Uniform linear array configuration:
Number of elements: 48
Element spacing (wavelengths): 0.5
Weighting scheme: hann
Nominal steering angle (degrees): -30
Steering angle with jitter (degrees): -31.24
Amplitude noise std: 0.05
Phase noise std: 0.05

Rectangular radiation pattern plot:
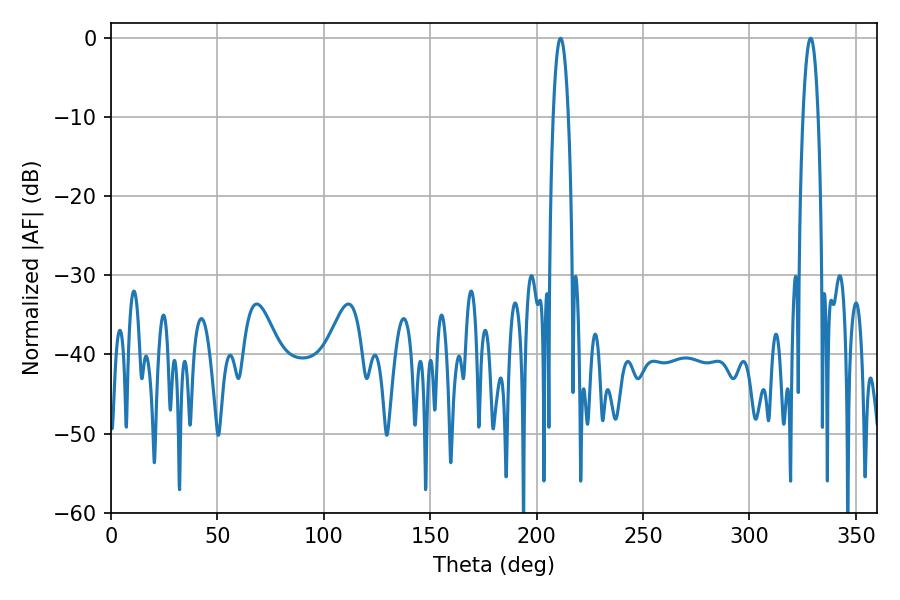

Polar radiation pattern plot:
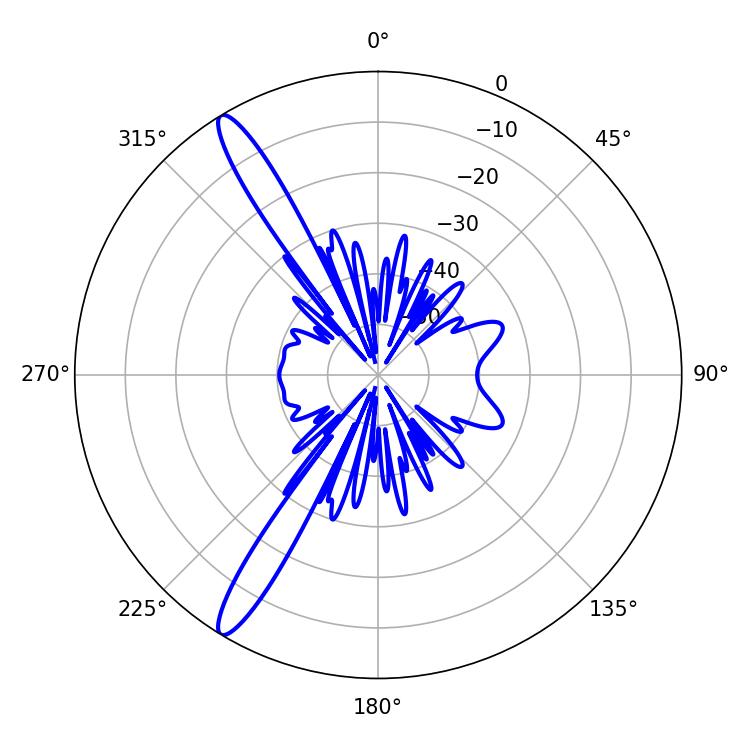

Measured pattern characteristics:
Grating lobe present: FALSE
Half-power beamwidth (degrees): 3.96
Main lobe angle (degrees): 328.68